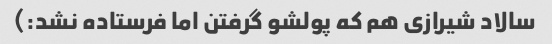
سالاد شیرازی هم که پولشو گرفتن اما فرستاده نشد:)